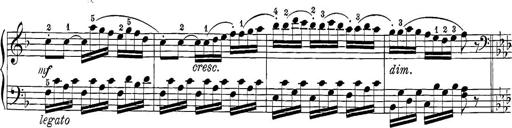
Title: 12 Sonatine per Pianoforte
Composer: Friedrich Kuhlau